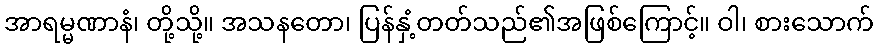
အာရမ္မဏာနံ၊ တို့သို့။ အသနတော၊ ပြန်နှံ့တတ်သည်၏အဖြစ်ကြောင့်။ ဝါ၊ စားသောက်